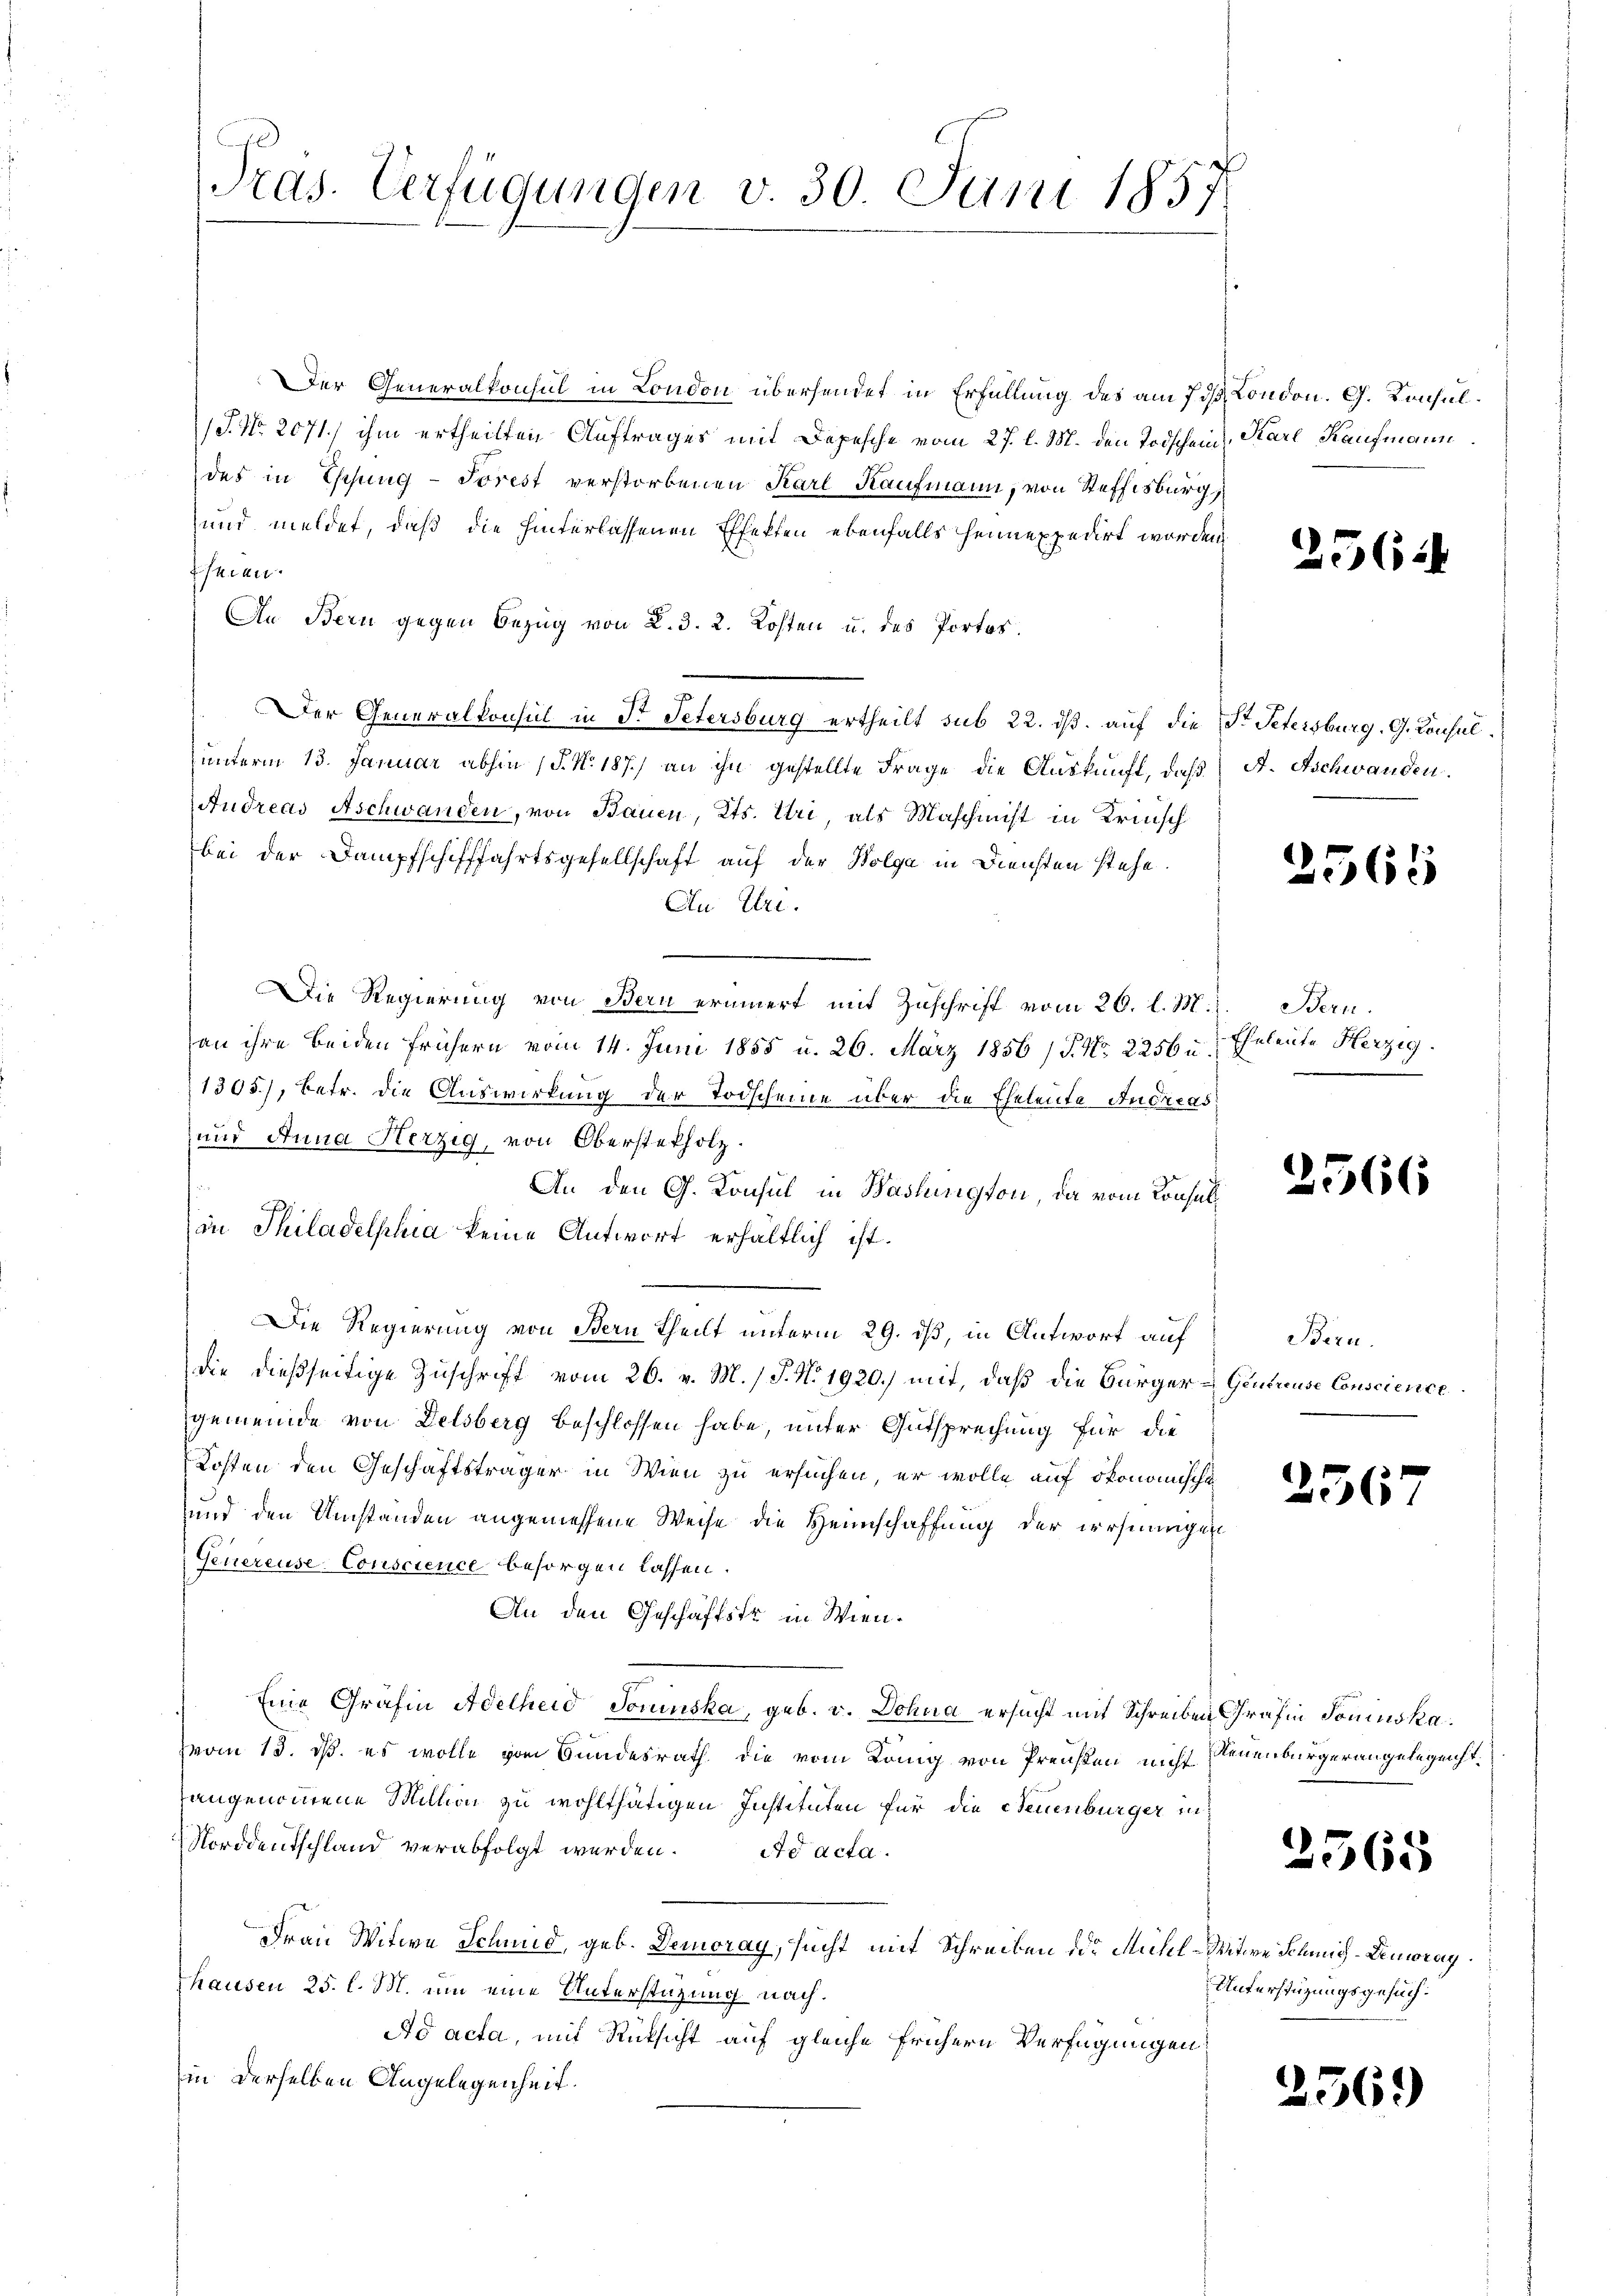
Präs. Verfügungen v. 30. Juni 1857.

Der Generalkonsul in London übersendet in Erfüllung des am 7 dß London. G. Konsul¬
/S. Nr. 2071/ ihm ertheilten Auftrages mit Depesche vom 27. l. M. den Todschein, Karl Kaufmann
des in Tschung - Torest verstorbenen Karl Kaufmann, von Steffisburg,
und meldet, daß die hinterlassenen Effekten ebenfalls heimexpedirt worden,
seien.
An Bern gegen Bezug von K. 3. 2. Kosten u. des Portos.
Der Generalkonsul in Dr. Petersburg ertheilt sub 22. ds. auf die St. Petersburg, G. Konsulunterm 13. Januar abhin (§. N. 187.) an ihn gestellte Frage die Auskunft, daβ A. Aschwanden.
Andreas Aschwanden, von Bauen, Kts. Uri, als Maschinist in Krinsch
bei der Dampfschifffahrtsgesellschaft auf der Wolga in Diensten stehe.
An Uri.
Die Regierung von Bern erinnert mit Zuschrift vom 26. l. M. z. Bern.
an ihre beiden frühern vom 14. Juni 1855 u. 26. März 1856 / P. Nr. 2256 u.
1305), betr. die Auswirkung der Todscheine über die Eheleute Andreas
und Anna Herzig, von Oberstelholz.
An den G. Konsul in Bashington, da vom Consul
in Philadelphia keine Antwort erhältlich ist.
Die Regierung von Stern Theilt unterm 29. ds, in Antwort auf
die dießseitige Zuschrift vom 26. v. M. / P. No. 1920.) mit, daß die Bürgergemeinde von Delsberg beschlossen habe, unter Gutsprechung für die
Kosten den Geschäftsträger in Wien zu ersuchen, er wolle auf ökonomische
und den Umständen angemessene Weise die Heimschaffung der irrsinnigen
Genereuse-Conscience besorgen lassen.
An den Geschäftstr in Wien¬
Eine Gräfin Adelheid Toninska, geb. v. Dohna ersucht mit Schreiben Gräfin Soniuskavom 13. ds. es wolle vom Bundesrath die vom König von Preußen nicht Neuenburgerangelegenht.
angenommene Million zu wohlthätigen Instituten für die Steuenburger in¬
Norddeutschland verabfolgt werden. Ad acta.
Frau Witwe Schmid, geb. Demoray, sucht mit Schreiben der Mühl-Witwe Schmeich-Benwing
thausen 25. l. M. um eine Unterstüzung nach¬
Ad acta, mit Rücksicht auf gleiche frühern Verfügungen
in derselben Angelegenheit.

256.)

2563

Eheleute Herzig

2566

Bern.
Gentreuse Conscience.

256

2565

Unterstützungsgesuch.

2569